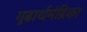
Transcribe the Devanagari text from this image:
गूढार्थमंद्रिका